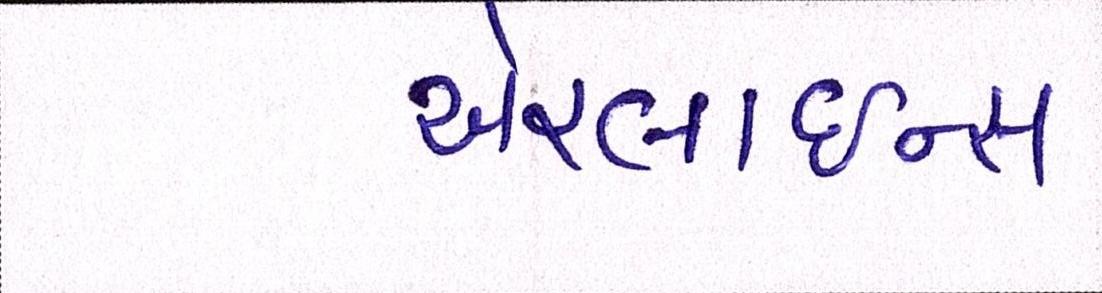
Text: એરલાઇન્સ